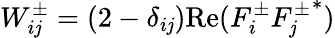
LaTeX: W_{i\mathit{j}}^{\pm}=(2-\delta_{i\mathit{j}})\mathrm{{Re}}(F_{i}^{\pm}{F_{\mathit{j}}^{\pm}}^{*})